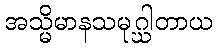
အသ္မိမာနသမုဂ္ဃါတာယ